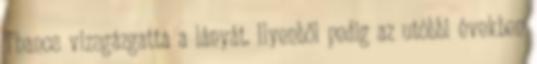
Thanos vizsgázgatta a lányát. Ilyenből pedig az utóbbi években